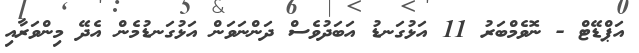
އަޕްޑޭޓް - ނޮވެމްބަރު 11 އަޅުގަނޑު އަބަދުވެސް ދަންނަވަން އަޅުގަނޑުމެން އެދޭ މިންވަރާއި